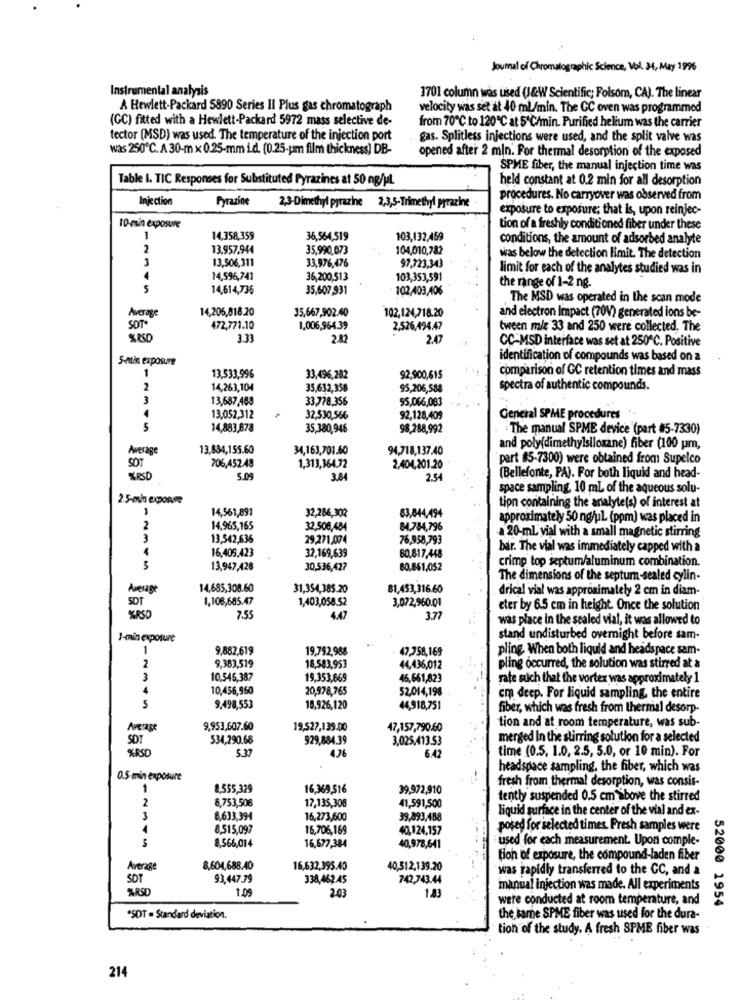
Journal of Chromatographic Science, Vol. 34, May 1996
Instrumental analysis
1701 column was used (J&W Scientific; Folsom, CA). The linear
A Hewlett-Packard 5890 Series II Plus gas chromatograph
velocity was set at 40 ml/min. The GC oven was programmed
(GC) fitted with a Hewlett-Packard 5972 mass selective de-
from 70℃ to 120℃ at 5'C/min. Purified helium was the carrier
tector (MSD) was used. The temperature of the injection port
gas. Splitless injections were used, and the split valve was
was 250℃. A 30-m x 0.25-mm i.d. (0.25-pm film thickness] DB-
opened after 2 mln. Por thermal desorption of the exposed
SPME fiber, the manual injection time was
Table i. TIC Responses for Substituted Pyrazines at 50 ng/ML
held constant at 0.2 min for all desorption
Injection
Fyrazine
procedures. No carryover was observed from
2,3-Dimethyl pyrazine 2,3,5-Trimethyl pyrazine
exposure to exposure; that is, upon reinjec-
10-min exposure
tion of a freshly conditioned fiber under these
1
14,358,359
36,564,519
103,132,469
conditions, the amount of adsorbed analyte
2
13.957.944
35,990,073
104,010,282
3
13,506,311
was below the detection limit. The detection
33,976,476
97,323,343
limit for each of the analytes studied was in
14,596,741
36,200,513
103,353,591
the range of 1-2 ng.
5
14,614,735
35,607,931
102,403,406
The MSD was operated in the scan mode
Average
14,205,818.20
35,667,902.40
102,124,718.20
and electron impact (70V) generated ions be-
SOT
472,771.10
1,006,964.39
2,526,494.47
tween miz 33 and 250 were collected. The
%RSO
3.33
2.82
2.47
CC-MSD interface was set at 250℃. Positive
5-min exposure
identification of compounds was based on a
1
comparison of GC retention times and mass
13,533,996
33,496,282
92,900,615
2
14,263,104
35,632,358
95,206,588
spectra of authentic compounds.
3
13,587,483
33,778,356
95,066,083
4
13,052,312
32,530,566
92,128,409
General SPME procedures
5
14,883,878
35,380,946
98,288,992
The manual SPME device (part #5-7330)
Awerage
13.834,155.60
34,163,701.60
94,718,137.40
and poly(dimethylsiloxane) fiber (100 um,
part #5-7300) were obtained from Supelco
SOT
706,452.48
1,313,364.72
2,404,201.20
SKRED
5.09
3.84
2.54
(Bellefonte, PA). For both liquid and head-
space sampling. 10 mL of the aqueous solu-
2.5-min exposure
1
14,561,891
32,286,302
83,044,494
tion containing the analyte(s) of interest at
approximately 50 ng/ul (ppm) was placed in
2
14,965,165
32,508,484
84,784,796
3
13,542,636
29,271,074
76,958,793
.a 20-mL vial with a small magnetic stirring
16,409,423
bar. The vial was immediately capped with a
32,169,639
80.817,448
crimp top septum/aluminum combination.
13,947,428
30,536,427
80.861.052
The dimensions of the septurn-sealed cylin-
Average
14.685,308.60
31,354,385.20
81,453,316.60
drical vial was approximately 2 cm in diam-
SDT
1,108,685.47
3,072,960.01
1,403,058.52
eter by 6.5 cm in height. Once the solution
7.55
4.47
3.77
was place in the sealed vial, it was allowed to
1-min exposure
stand undisturbed overnight before sam-
1
9,882,619
19,792,988
47,758,169
pling. When both liquid and headspace sam-
2
9,383,519
18,583,953
44.436,012
pling occurred, the solution was stirred at a
3
10,545,387
19,353,669
46,661,823
rate such that the vortex was approximately 1
4
10,456,950
20,978,765
52,014,198
cra deep. For liquid sampling, the entire
S
9.498,553
18,926,120
44,918,751
fiber, which was fresh from thermal desorp-
tion and at room temperature, was sub-
Average
9,953,607.60
19,527,139.00
47,157,790.60
SDT
534,290.68
929,884.39
3,025,413.53
merged In the stirring solution for a selected
5.37
time (0.5, 1.0, 2.5, 5.0, or 10 min). For
4.26
6.42
headspace sampling, the fiber, which was
0.5-min exposure
fresh from thermal desorption, was consis-
1
8,555,329
16,369,516
39,972,910
2
6,753,506
17,135,308
tently suspended 0.5 cm above the stirred
41,591,500
liquid surface in the center of the vial and ex-
6,633,394
16,273,600
39,893,488
8,515,097
16,706,169
40,124,157
posed for selected times, Fresh samples were
5
used for each measurement. Upon comple-
8,566,014
16,677,384
40,978,641
tion of exposure, the compound-laden fiber
Average
8,604,688.40
16,632,395.40
40,512,139.20
was rapidly transferred to the CC, and a
SOT
93.447.79
338,462 AS
742,743.44
1.09
2.0
1.83
manual injection was made. All experiments
were conducted at room temperature, and
52000 1954
*SDT = Standard deviation.
the same SPME fiber was used for the dura-
tion of the study. A fresh SPME fiber was
214